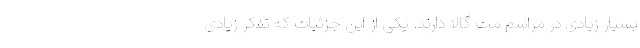
بسیار زیادی در مراسم مت گالا دارند. یکی از این جزئیات که تفکر زیادی